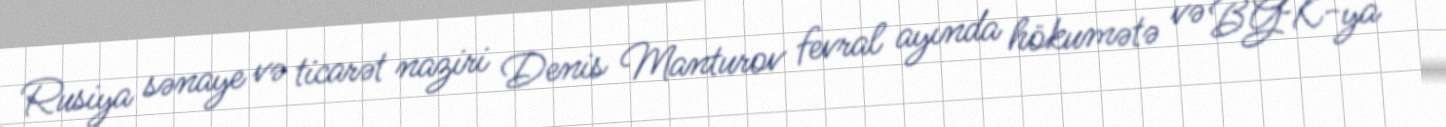
Rusiya sənaye və ticarət naziri Denis Manturov fevral ayında hökumətə və BGK-ya